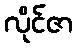
လိုင်ဇာ